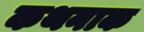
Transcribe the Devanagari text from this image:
कथनाक